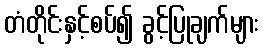
တံတိုင်းနှင့်စပ်၍ ခွင့်ပြုချက်များ